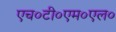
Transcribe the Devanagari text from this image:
एच०टी०एम०एल०